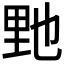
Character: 𨤤